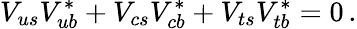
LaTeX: V_{us}V_{ub}^{*}+V_{cs}V_{cb}^{*}+V_{ts}V_{tb}^{*}=0\, .